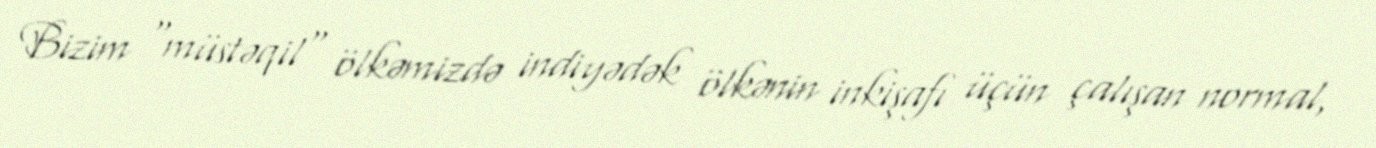
Bizim "müstəqil" ölkəmizdə indiyədək ölkənin inkişafı üçün çalışan normal,